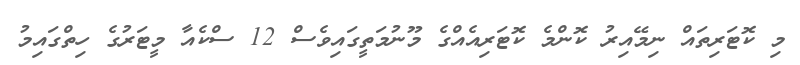
މި ކޮޓަރިތައް ނިމޭއިރު ކޮންމެ ކޮޓަރިއެއްގެ މޫނުމަތީގައިވެސް 12 ސްކެއާ މީޓަރުގެ ހިތްގައިމު